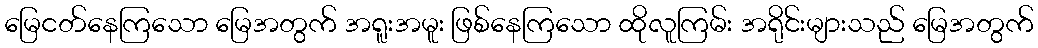
မြေငတ်နေကြသော မြေအတွက် အရူးအမူး ဖြစ်နေကြသော ထိုလူကြမ်း အရိုင်းများသည် မြေအတွက်